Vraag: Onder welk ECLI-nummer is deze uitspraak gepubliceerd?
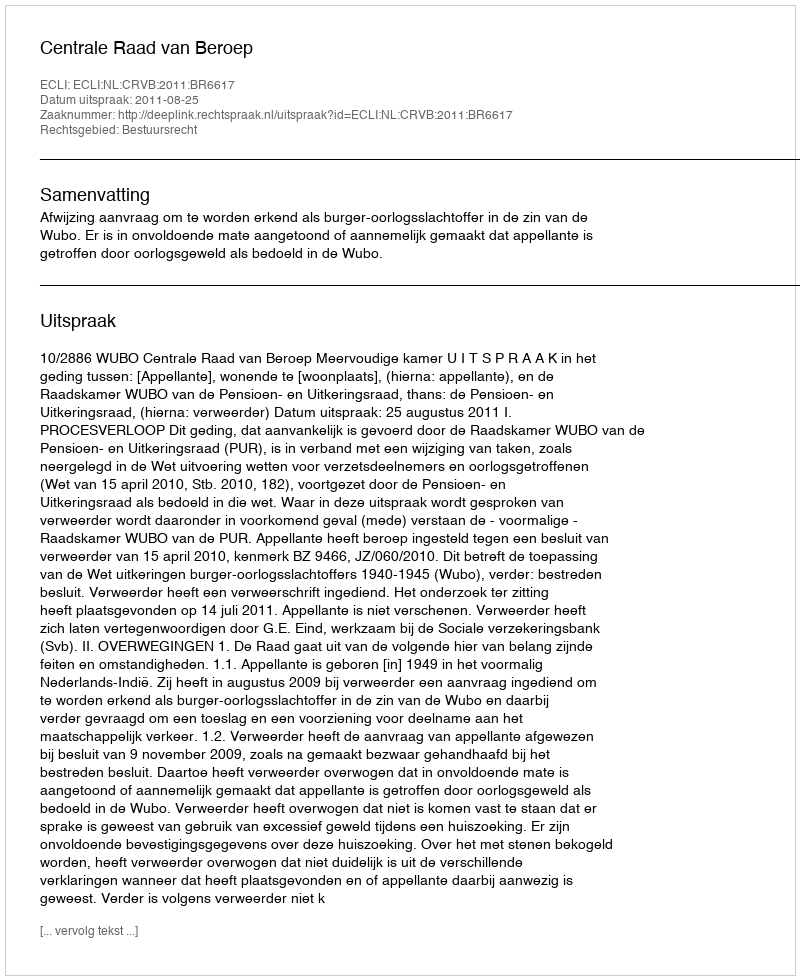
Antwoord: ECLI:NL:CRVB:2011:BR6617